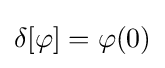
\delta [\varphi ]=\varphi (0)